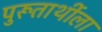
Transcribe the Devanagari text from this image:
पुरूतार्थीला